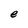
Character: e